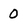
Character: O